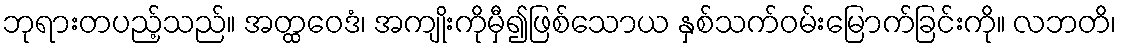
ဘုရားတပည့်သည်။ အတ္ထဝေဒံ၊ အကျိုးကိုမှီ၍ဖြစ်သောယ နှစ်သက်ဝမ်းမြောက်ခြင်းကို။ လဘတိ၊